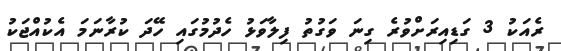
ރެއަކު 3 ގަޑިއިރަށްވުރެ ގިނަ ވަގުތު ފިލާވަޅު ހެދުމުގައި ހޭދަ ކުރާނަމަ އެކުއްޖަކު